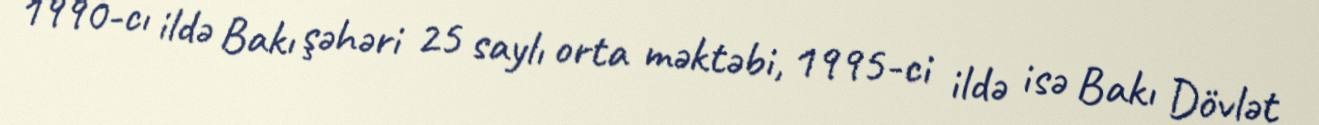
1990-cı ildə Bakı şəhəri 25 saylı orta məktəbi, 1995-ci ildə isə Bakı Dövlət